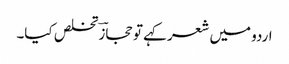
اردو میں شعر کہے تو حجازؔ تخلص کیا۔